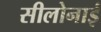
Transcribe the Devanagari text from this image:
सीलोनाई